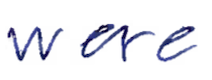
Text: were
Cross-out: clean
Writing tool: ballpoint